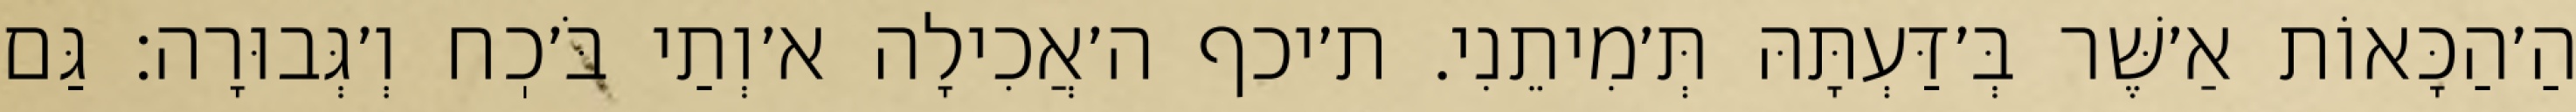
הַ׳הַכָּאוֹת אַ׳שֶּׁר בְּ׳דַּעְתָּהּ תְּ׳מִיתֵנִי. ת׳יכף ה׳אֲכִילָה א׳וְתַי בֹּ׳כֽח וְ׳גְּבוּרָה: גַּם